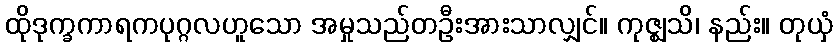
ထိုဒုက္ခကာရကပုဂ္ဂလဟူသော အမှုသည်တဦးအားသာလျှင်။ ကုဇ္ဈသိ၊ နည်း။ တုယှံ